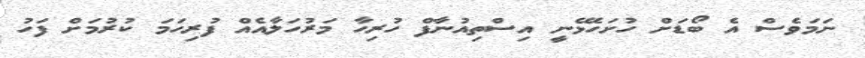
ނަމަވެސް އެ ބޯޑަށް ހުށަހެޅޭނީ އިސްތިއުނާފް ހުރިހާ މަރުހަލާއެއް ފުރިހަމަ ކުރުމަށް ފަހު